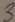
Text: 3